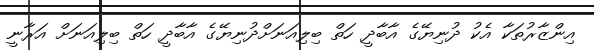
އިންޒާރުތަކާ އެކު ދުނިޔޭގެ އާބާދީ ހަތް ބިލިއަނަށްދުނިޔޭގެ އާބާދީ ހަތް ބިލިއަނަށް އަރާނީ